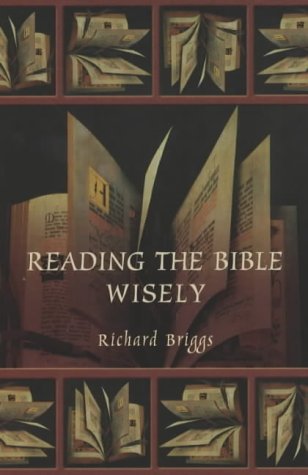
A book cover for Reading the Bible Wisely; Richard Briggs; Christian Books & Bibles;